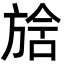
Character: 𣄅